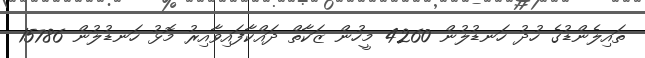
ތައިލެންޑުގެ ހުދު ހަނޑުލުން 4260 މީހުން ޒަކާތް ދައްކާފައިވާއިރު މޮޅު ހަނޑުލުން 15786